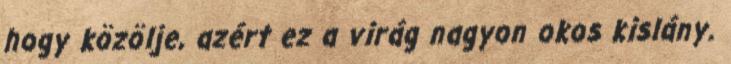
hogy közölje, azért ez a virág nagyon okos kislány.